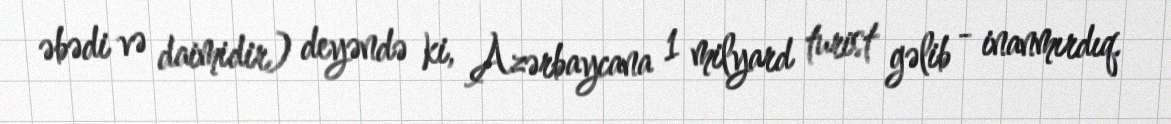
əbədi və daimidir) deyəndə ki, Azərbaycana 1 milyard turist gəlib - inanmırdıq.